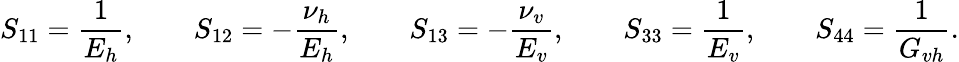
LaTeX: S_{11}=\frac{1}{E_{h}},\qquad S_{12}=-\frac{\nu_{h}}{E_{h}},\qquad S_{13}=-\frac{\nu_{v}}{E_{v}},\qquad S_{33}=\frac{1}{E_{v}},\qquad S_{44}=\frac{1}{G_{vh}}.